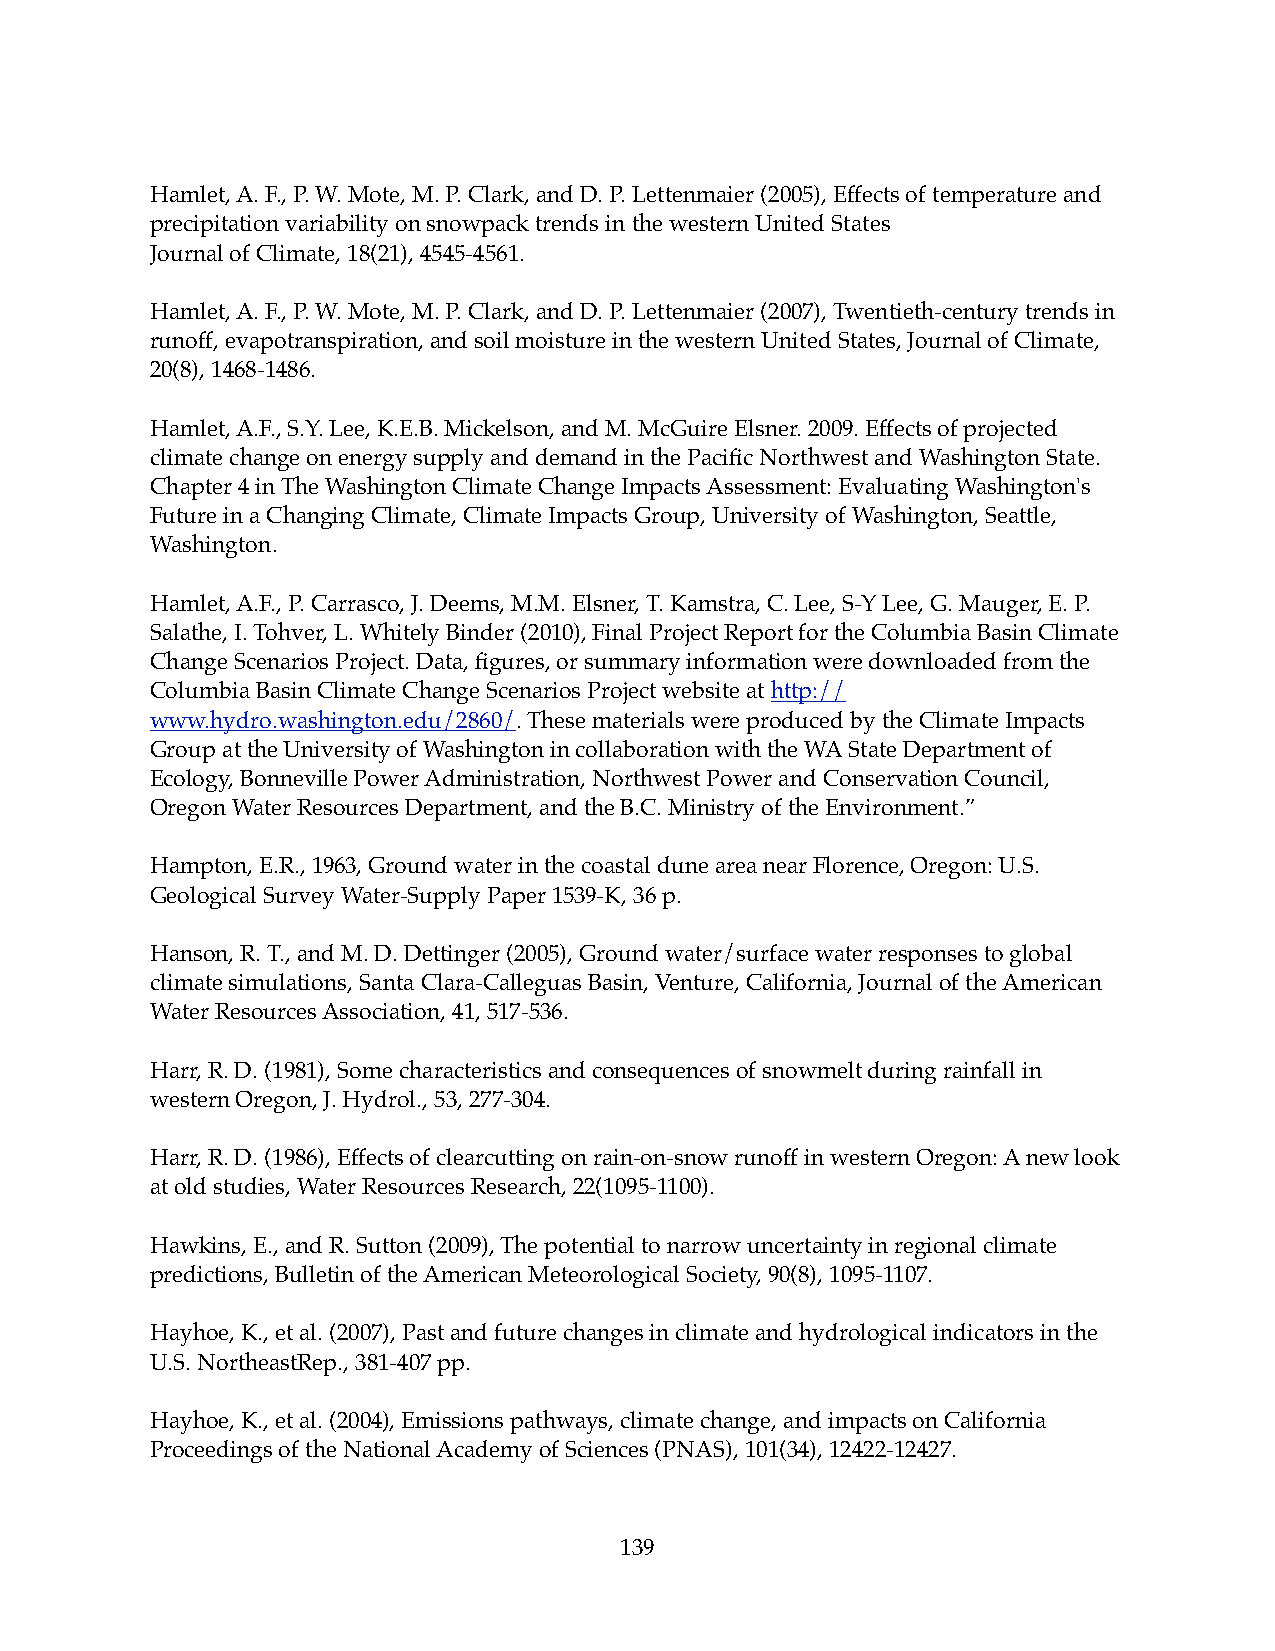
Hamlet, A. F., P. W. Mote, M. P. Clark, and D. P. Lettenmaier (2005), Effects of temperature and
 precipitation variability on snowpack trends in the western United States
 Journal of Climate, 18(21), 4545-4561.
 Hamlet, A. F., P. W. Mote, M. P. Clark, and D. P. Lettenmaier (2007), Twentieth-century trends in
 runoff, evapotranspiration, and soil moisture in the western United States, Journal of Climate,
 20(8), 1468-1486.
 Hamlet, A.F., S.Y. Lee, K.E.B. Mickelson, and M. McGuire Elsner. 2009. Effects of projected
 climate change on energy supply and demand in the Pacific Northwest and Washington State.
 Chapter 4 in The Washington Climate Change Impacts Assessment: Evaluating Washington's
 Future in a Changing Climate, Climate Impacts Group, University of Washington, Seattle,
 Washington.
 Hamlet, A.F., P. Carrasco, J. Deems, M.M. Elsner, T. Kamstra, C. Lee, S-Y Lee, G. Mauger, E. P.
 Salathe, I. Tohver, L. Whitely Binder (2010), Final Project Report for the Columbia Basin Climate
 Change Scenarios Project. Data, figures, or summary information were downloaded from the
 Columbia Basin Climate Change Scenarios Project website at http://
 www.hydro.washington.edu/2860/. These materials were produced by the Climate Impacts
 Group at the University of Washington in collaboration with the WA State Department of
 Ecology, Bonneville Power Administration, Northwest Power and Conservation Council,
 Oregon Water Resources Department, and the B.C. Ministry of the Environment.”
 Hampton, E.R., 1963, Ground water in the coastal dune area near Florence, Oregon: U.S.
 Geological Survey Water-Supply Paper 1539-K, 36 p.
 Hanson, R. T., and M. D. Dettinger (2005), Ground water/surface water responses to global
 climate simulations, Santa Clara-Calleguas Basin, Venture, California, Journal of the American
 Water Resources Association, 41, 517-536.
 Harr, R. D. (1981), Some characteristics and consequences of snowmelt during rainfall in
 western Oregon, J. Hydrol., 53, 277-304.
 Harr, R. D. (1986), Effects of clearcutting on rain-on-snow runoff in western Oregon: A new look
 at old studies, Water Resources Research, 22(1095-1100).
 Hawkins, E., and R. Sutton (2009), The potential to narrow uncertainty in regional climate
 predictions, Bulletin of the American Meteorological Society, 90(8), 1095-1107.
 Hayhoe, K., et al. (2007), Past and future changes in climate and hydrological indicators in the
 U.S. NortheastRep., 381-407 pp.
 Hayhoe, K., et al. (2004), Emissions pathways, climate change, and impacts on California
 Proceedings of the National Academy of Sciences (PNAS), 101(34), 12422-12427.
 139